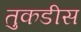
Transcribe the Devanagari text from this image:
तुकडीस